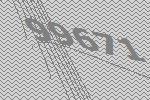
99671